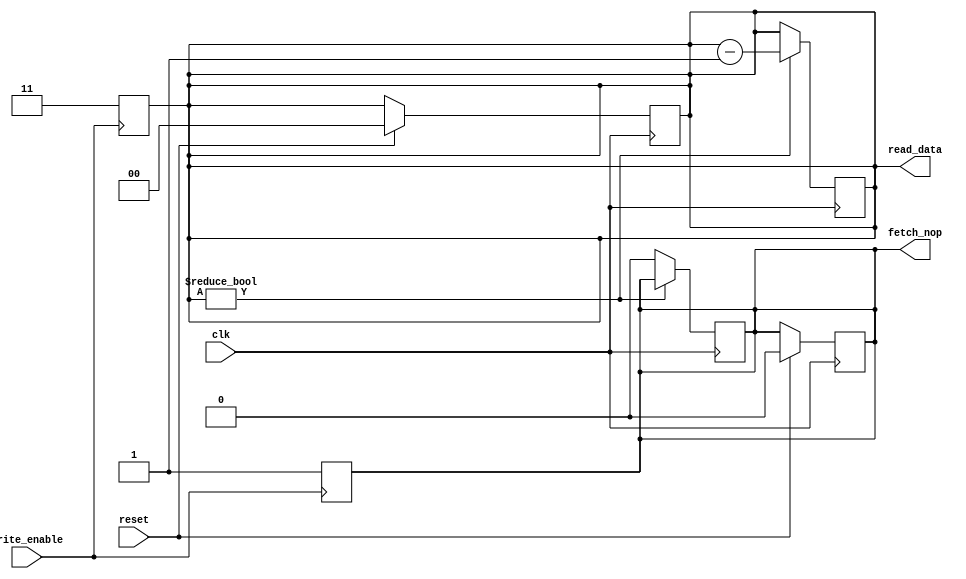
module count_NOP (read_data,fetch_nop,clk,reset,write_enable);//,rst);

	input clk,reset,write_enable;//,rst;
	output reg fetch_nop;
	output reg [1:0]read_data;
	reg [1:0]reg_internal;
	always @(posedge clk) begin
		if(reg_internal !=2'b00) begin
			reg_internal = reg_internal-1;
		end
		else begin
			fetch_nop = 1'b0;
		end
	end
	assign read_data = reg_internal;
	always @(negedge clk) begin
		if(reset)
		begin
			reg_internal= 2'b00;
			fetch_nop = 1'b0;
		end
	end
	
	
	always @(posedge write_enable) begin
		 reg_internal = 2'b11;
		fetch_nop = 1'b1;
			
	end

endmodule